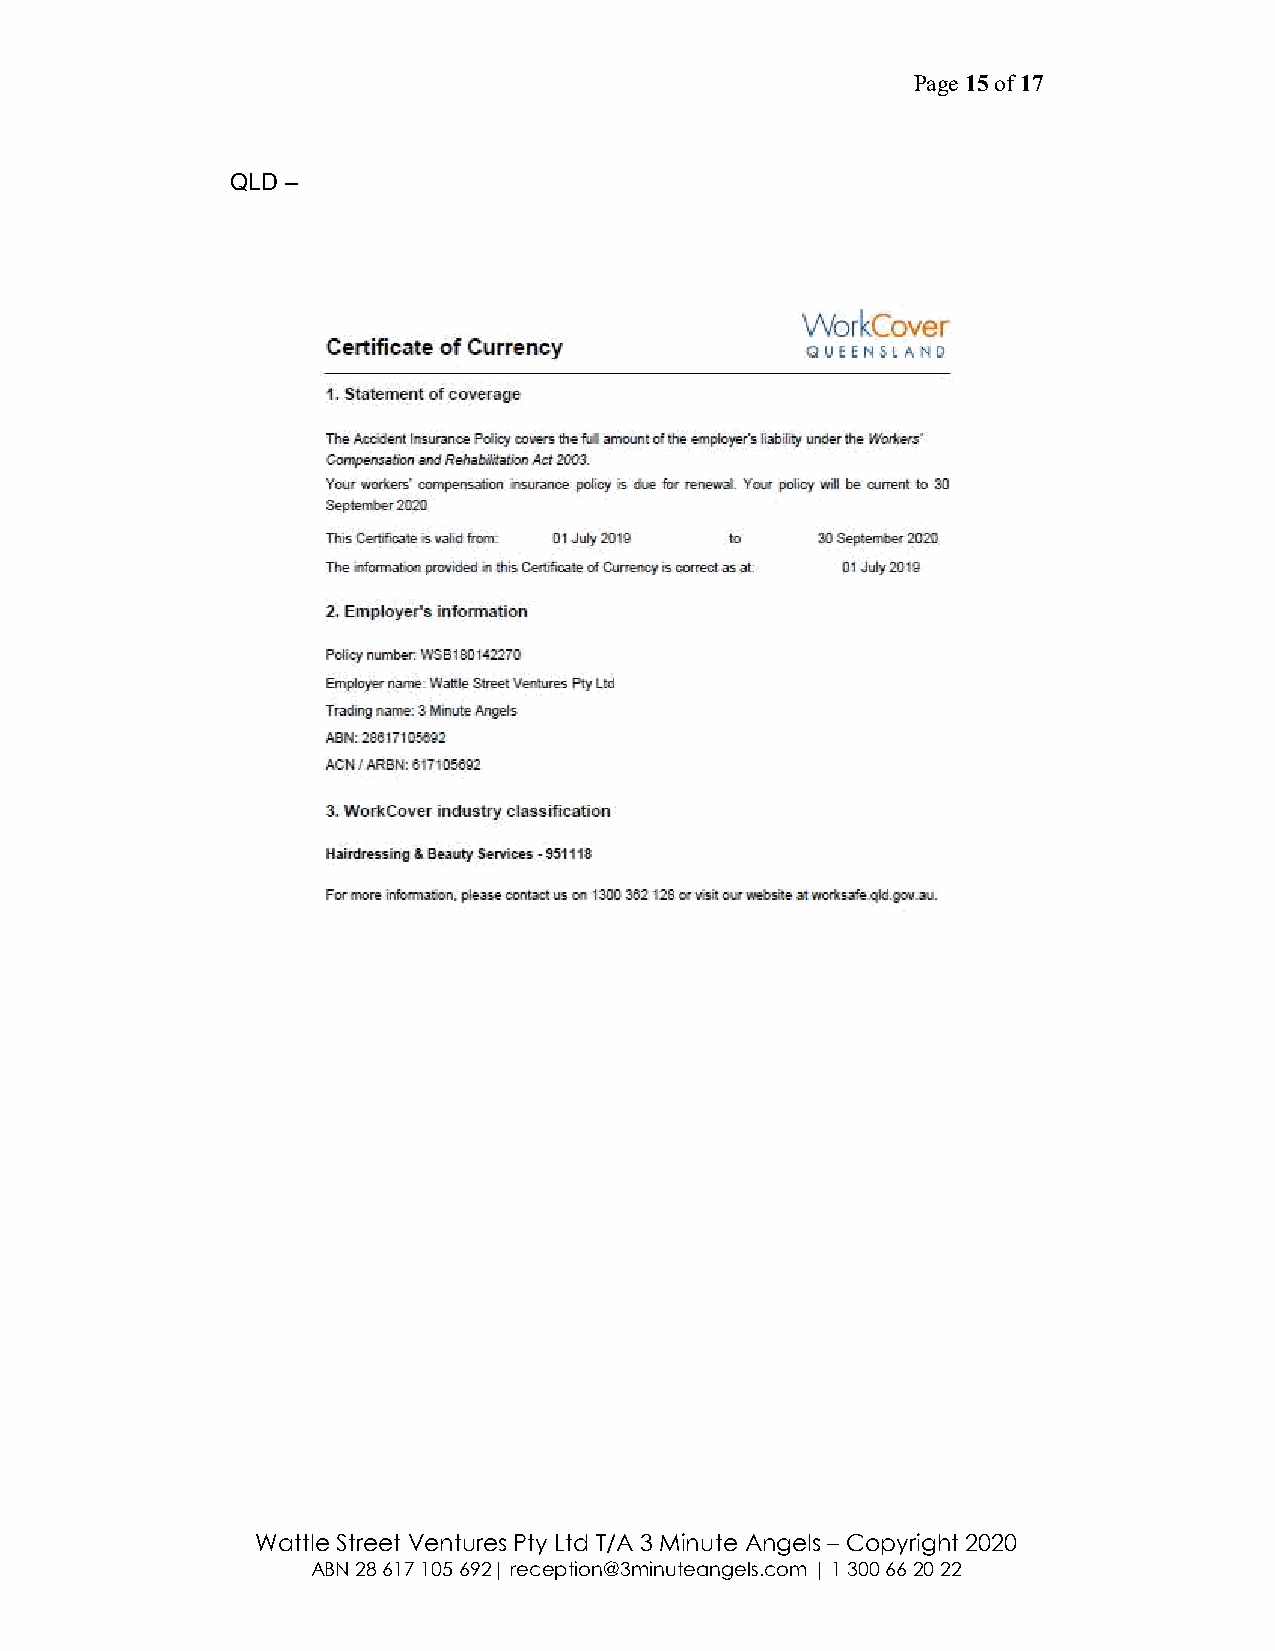
Page 15 of 17
 QLD –
 Wattle Street Ventures Pty Ltd T/A 3 Minute Angels – Copyright 2020
 ABN 28 617 105 692| reception@3minuteangels.com | 1 300 66 20 22